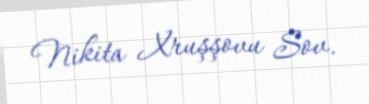
Nikita Xruşşovu Sov.